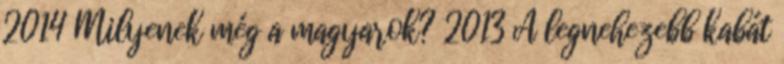
2014 Milyenek még a magyarok? 2013 A legnehezebb kabát